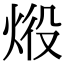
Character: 𤈧